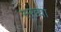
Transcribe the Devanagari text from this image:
सख्यां